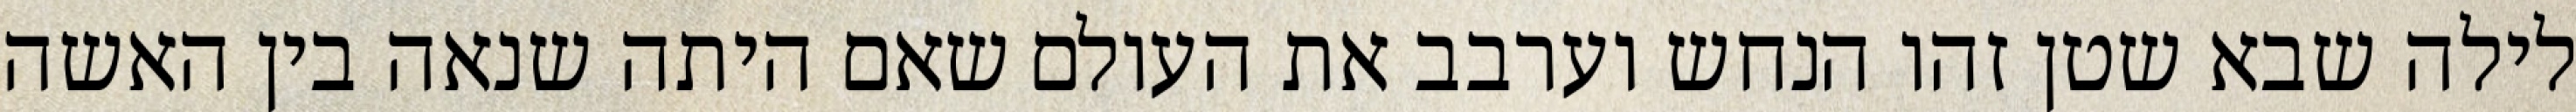
לילה שבא שטן זהו הנחש וערבב את העולם שאם היתה שנאה בין האשה